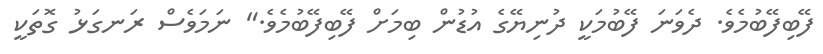
ފޭބިފޭބުމެވެ. ދެވަނަ ފޭބުމަކީ ދުނިޔޭގެ އުޑުން ބިމަށް ފޭބިފޭބުމެވެ." ނަމަވެސް ރަނގަޅު ގޮތަކީ